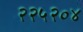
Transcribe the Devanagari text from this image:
२२५२०४